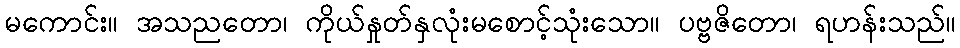
မကောင်း။ အသညတော၊ ကိုယ်နှုတ်နှလုံးမစောင့်သုံးသော။ ပဗ္ဗဇိတော၊ ရဟန်းသည်။